Leaving Certificate Examination (including Day School Certificate (Higher) General paper), 1930
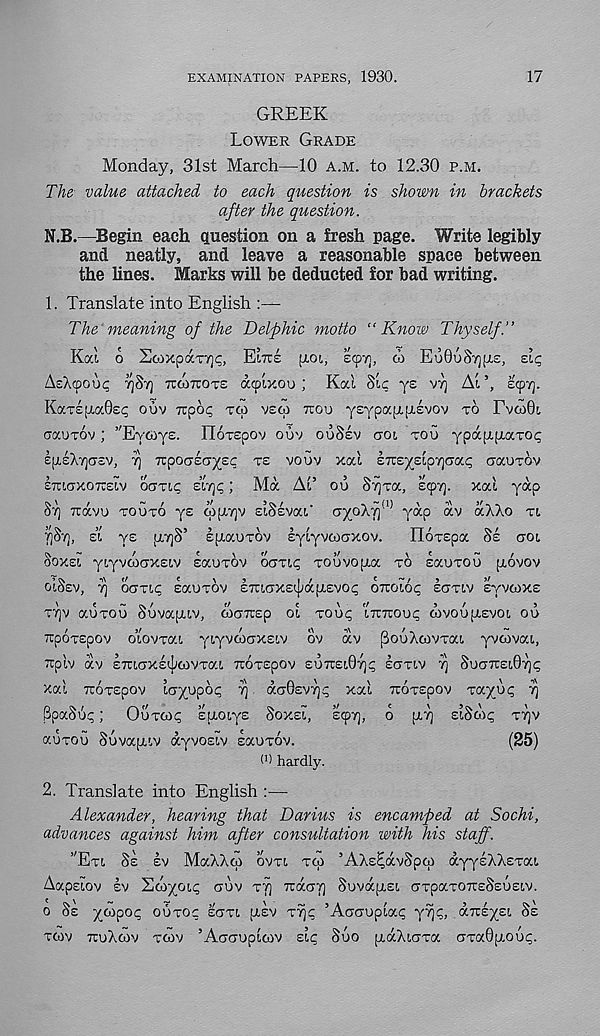
17
EXAMINATION PAPERS, 1930.
GREEK
LOWER GRADE
Monday, 31st March—10 A.M. to 12.30 P.M.
The value attached to each question is shown in brackets
after the question.
I.B.—Begin each question on a fresh page. Write legibly
and neatly, and leave a reasonable space between
the lines. Marks will be deducted for bad writing.
1. Translate into English :—
The meaning of the Delphic motto “Know Thyself.”
Kod O 2o:>XpaTY)<;, El7T£ JTOt, £Cpy), d) EU0U§Y)[XS, elc,
AsAcpoop YJST] TKOTTOTS dtpixou ; Kal Sic y £
At 5 , ecpyj.
KaTE^aGsp ouv irpop TCO VEW TI:OO Y £ TP a t L^£vov
Evco0[.
CT7.UT6V ; ’'EvcdyE. IToTEpov ouv ouSev aoi TOU YpdcptfxaTOt;
£p,£X7](T£V, 7] Tzpoaeayec xe vouv xod kn:eyz'ipy]GO<.q cauxov
ITUCTXOTCEIV ocmp eiqc; Md At’ ou S7]Ta, ecpy]. xal Y^P
ST] Trdvu xouxo ye tpptyjv EISEVOCI,' Gyphr} 1^ yap dv aXXo xi
Ei Y^ pivjS’ spiaoxov iylyvcoGxov.
Hoxspa 8s GOL
SOXEI Y t Y v Acrx£iv saoxov oxxip xouvopioc xo saoxou piovov
OISEV, 7] ocrxip sauxov £TuiCTX£i|;dpi£VOc; orcoiop ECJXIV EYVCOXE
XT]V auxou Suvapiiv, G)Gnsp oi xoup ITTTroop wvoupiEvoi oo
TTpoxspov oiovxai Y^ACIXEIV OV dv [BooXcovxai yvcdvca,
Trplv dv ETUCTXE^wvxai Troxspov EUTCEIOTJP laxiv rj SUOTTEIOTJP
xal TcoxEpov la^upop 7] d(70EV7)p xai Troxspov xayup rj
BpaSGp; Ouxcop EUOIYS SOXEI, ecprj, 6 p.7] EiSo'ip XTJV
auxou Suvapiiv aYVOEiv sauxov.
(25)
hardly.
2. Translate into English :—
Alexander, hearing that Darius is encamped at Sochi,
advances against him after consultation with his staff.
’'Exi SE EV MaXXw ovxi xcu ’AXs^dvSpcp dYY £ XXExai
Aapsiov EV SCUY 01 '? <TOV XT] TUX-GJI Suvdpisi axpaxoTTESsuEiv.
o SE Y^P
0^ OUTOC saxi [xsv X7]p ’Aocrupiap Y%> dTrE^ei 8s
T00V TTuXcOV XCOV ’ AcTCTUplOV EIC SuO pidXlCTXa CTXa0plOUp.